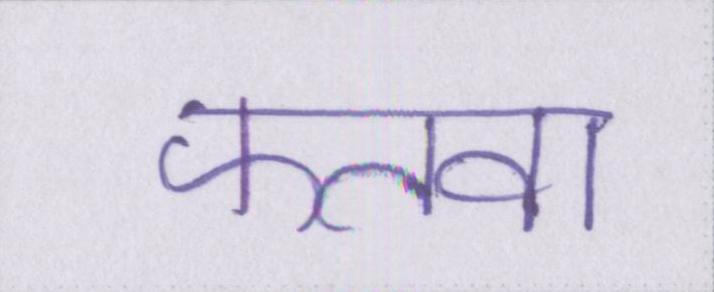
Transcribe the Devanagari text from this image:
फतवा